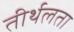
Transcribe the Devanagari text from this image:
तीर्थलता